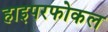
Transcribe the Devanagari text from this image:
हाइपरफोकल